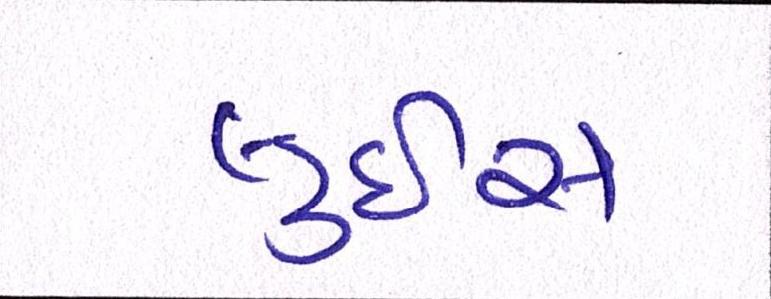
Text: લુઇસ